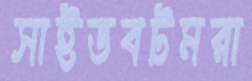
সাইডবটমরা